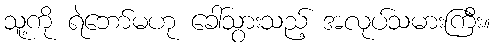
သူ့ကို ရဲဘော်မဟု ခေါ်သွားသည့် အလုပ်သမားကြီး။